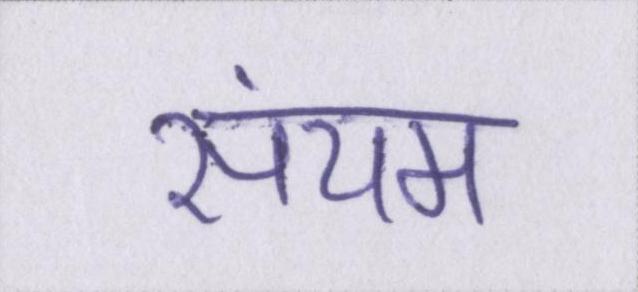
संयम